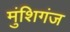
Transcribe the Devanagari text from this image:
मुंशिगंज